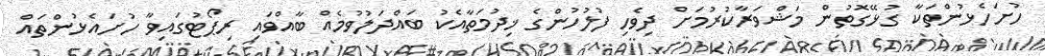
ހުށަހެޅުންތަކާ ގުޅޭގޮތުން މަޝްވަރާކުރުމަށް ދިވެހި ފުލުހުންގެ ޚިދުމަތާއެކު ބައްދަލުވުމެއް ބާއްވައި ރިޕޯޓުގައިވާ ހުށައެޅުންތައް